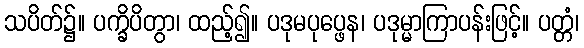
သပိတ်၌။ ပက္ခိပိတွာ၊ ထည့်၍။ ပဒုမပုပ္ဖေန၊ ပဒုမ္မာကြာပန်းဖြင့်။ ပတ္တံ၊